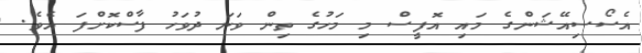
އެސޯސިއޭޝަންގެ މައި އޮފީސް މި މަހުގެ ތިން ވަނަ ދުވަހު ފާސްކޮށްފަ އެވެ.